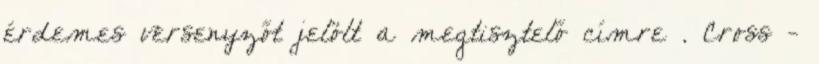
érdemes versenyzőt jelölt a megtisztelő címre . Cross -